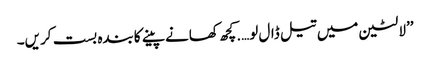
’’لالٹین میں تیل ڈال لو….کچھ کھانے پینے کابندہ بست کریں۔